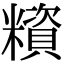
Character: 𥼻